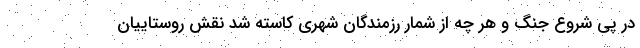
در پی شروع جنگ و هر چه از شمار رزمندگان شهری کاسته شد نقش روستاییان